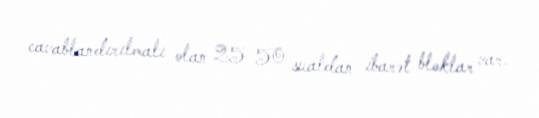
cavablandırılmalı olan 25-50 sualdan ibarət bloklar var.